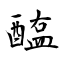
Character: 醢